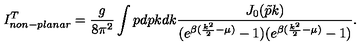
I _ { n o n - p l a n a r } ^ { T } = \frac { g } { 8 \pi ^ { 2 } } \int p d p k d k \frac { J _ { 0 } ( \tilde { p } k ) } { ( e ^ { \beta ( \frac { k ^ { 2 } } { 2 } - \mu ) } - 1 ) ( e ^ { \beta ( \frac { k ^ { 2 } } { 2 } - \mu ) } - 1 ) } .